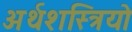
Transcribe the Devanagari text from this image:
अर्थशस्त्रियो